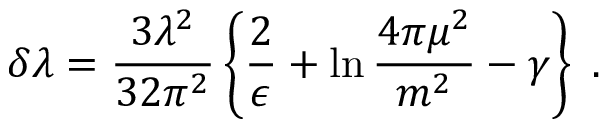
\delta \lambda = \frac { 3 \lambda ^ { 2 } } { 3 2 \pi ^ { 2 } } \left\{ \frac { 2 } { \epsilon } + \ln { \frac { 4 \pi \mu ^ { 2 } } { m ^ { 2 } } } - \gamma \right\} \; .